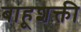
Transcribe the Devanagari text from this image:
बाहूशक्ती